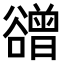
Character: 𧯒